Annual report on the lock hospitals of the Madras Presidency
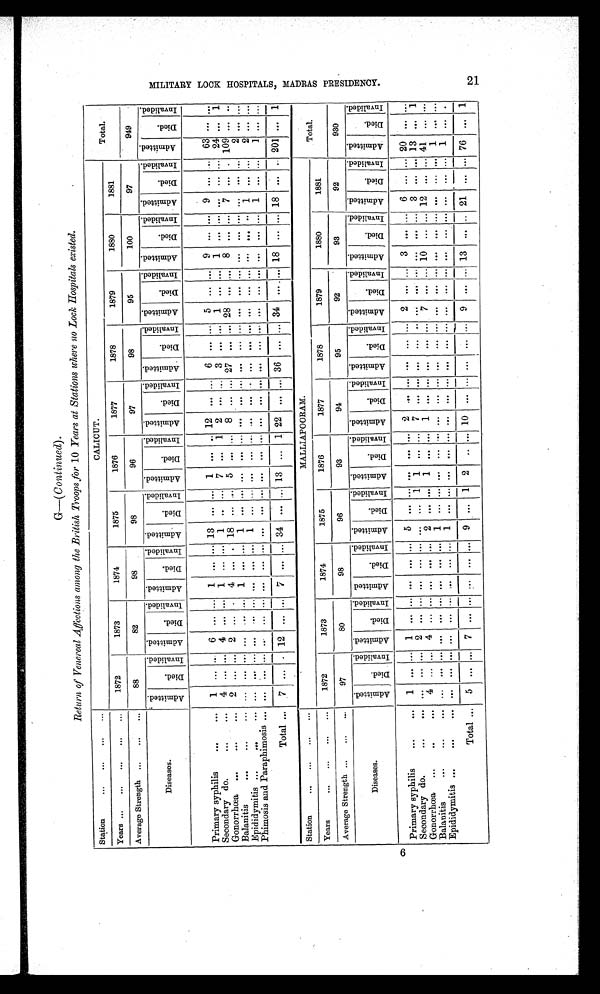
G—( Continued) .
Return of Venereal Affections among the British Troops for 10 Years at Stations where no Lock Hospitals existed.
Station
... ... ... ...
CALICUT.
Total.
Years ... ... ... ... ... 1872
1873
1874
1875
1876
1877
1878
1879
1880
1881
Average Strength ... ... ...
88
82
98
98
96
97
98
95
100
97
949
Diseases.
A d m i t t e d .
D i e d . I n v a l i d e d
. A d m i t t e d . D i e d . I n v a l i e d
. A d m i t t e d .
D i e d .
I n v a l l e d . A d m i t t e d
. D i e d
.
I n v a l i e d . A d m i t t e d
. D i e d .
I n v a l i d e d
. A d m i t t e d . D i e d . I n v a l i d e d
. A d m i t t e d . D i e d .
I n v a l i d e d . A d m i t t e d . D i e d . I n v e l i d e d . A d m i t t e d . D i e d . I n v a l i d e d . A d m i t t e d . D i e d . I n v a l i d e d . A d m i t t e d . D i e d . I n v a l i d e d .
Primary syphilis
...
... 1 ...
. . .
6 ... ... 1 ... ... 13
. . . . . . 1 . . . . . . 1 2 . . . . . . 6
. . . . . . 5 ... . . .
9 . . . . . . 9 . . . ... 63 . . . . . .
Secondary do.
... ...
4 ... . . . 4 . . . . . . 1 . . . ... 1 . . . . . . 7 . . . 1 2 . . . . . . 3
. . . . . . 1 ... . . . 1 . . . . . . . . . . . . ...
2 4 . . . 1
Gonorrhœa ...
... ... 2 ... . . . 2
. . . . 4 . . . . 18 . . . . . . 5 . . . . . . 8 . . . . . . 27 . . . . . . 28 . . . . . . 8 . . . . . . 7 . . . . 109 ... . . .
Balanitis
. . . . . .
...
. . . ... . . . . . . . . . . . . 1 . . . ... 1 . . . . . . . . . . . . . . . . . . . . . . . . ...
. . . . . . . . . ... . . . . . . . . . . . . . . . . . . ... 2 ... ...
Epididymitis ...
. . .
...
. . . ... . . . . . . . . . . . . . . . . . . ... 1 . . . . . . . . . . . . . . . . . . . . . . . . ... . . . . . . . . . . . . . . . . . . . . . . . . 1 ... ...
2 . . .
Phimosis and Paraphimosis ...
. . . ... . . . . . . . . . . . . . . . . . . ... . . . . . . . . . . . . . . . . . . . . .
. . . . . . ...
. . . . . . . . . ... . . . . . . . . . . . . 1 . . . ... 1 ... ...
Total ...
7 ... . 12 ... ... 7 ... ... 34 ... ... 13 ... 1 22 ... ... 36 ... ... 34 ... ... 18 ... ... 18 ... .. 201 ... 1
Station
... ... ... ...
MALLIAPOORAM.
Total.
Years
... ... ... ...
1872
1873
1874
1875
1876
1877
1878
1879
1880
1881
Average Strength ... ... ...
97
80
98
96
93
94
95
92
93
92
930
Diseases.
A d m i t t e d . D i e d . I n v a l i d e d . A d m i t t e d . D i e d . I n v a l i d e d . A d m i t t e d . D i e d . I n v a l i d e d . A d m i t t t e d . D i e d . I n v a l i d e d . A d m i t t e d . D i e d . I n v a l i d e d . A d m i t t e d . D i e d . I n v a l i d e d . A d m i t t e d . D i e d . I n v a l i d e d . A d m i t t e d . D i e d . I n v a l i d e d . A d m i t t e d . D i e d . I n v a l i d e d . A d m i t t e d . D i e d . I n v a l i d e d . A d m i t t e d . D i e d . I n v a l i d e d .
Primary syphilis
. . . . . . 1 . . . . . . 1 ... . . . . . . . . . ... 5 . . . . . . . . . . . . . . . 2 . . . . . . . . .
. . . ... 2 . . . . . . 3
. . . ... 6 ... ... 20
. . . . . .
Secondary do.
. . .
...
. . . ... . . . 2 ... ... ... ... ... ... ... 1 1 ... ... 7 . . . . . . . . . ... ... . . . ... . . . . . . . . . ... 3 ... ... 13 ... 1
Gonorrhœa ...
... ...
4 ... ... 4
. . . . . .
. . . . . .
... 2 . . . . . . 1 . . . . . . 1
. . . . . . . . . . . .
... 7 ... ... 10 ... ... 12 ... ... 41 . . . . . .
Balanitis
...
. . . ...
. . . . . . . . . . . .
. . . . . .
... 1 . . . . . . . . . . . . . . . . . .
. . . . . . . . . . . .
... . . . ... . . . . . . . . . ... . . . . . . ... 1 . . . . . .
Epididymitis ...
...
. . . ...
. . . . . . . . . . . .
. . . . . .
... 1 . . . . . . . . . . . . . . . . . .
. . . . . . . . . . . .
... . . . ... . . . . . . . . . ... . . . . . . ... 1 . . . . . .
Total ... 5
...
. . . . . . . . . . . .
. . . . . .
... 9
... 1 2 . . . . . . 10
. . . . . . . . . . . .
...
9 ... ... 13 ... ... 21 ... ... 76 ... 1
M I L I T A R Y L O O K H O S P I T A L , M A D R A S P R E S I D E N O Y . 2 1
6